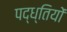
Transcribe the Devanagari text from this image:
पद्ध्तियों